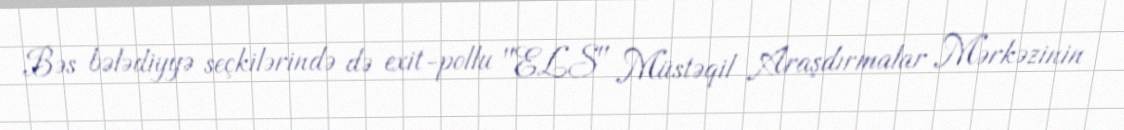
Bəs bələdiyyə seçkilərində də exit-pollu "ELS" Müstəqil Araşdırmalar Mərkəzinin